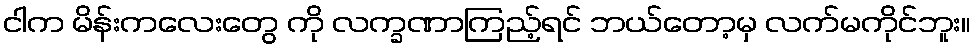
ငါက မိန်းကလေးတွေ ကို လက္ခဏာကြည့်ရင် ဘယ်တော့မှ လက်မကိုင်ဘူး။